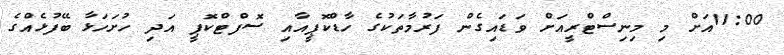
11:00އަށް މި މިނިސްޓްރީއަށް ވަޑައިގެން ފަރުމާތަކުގެ ހާޑްކޮޕީއާއި ސޮފްޓްކޮޕީ އަދި ހުށަހަޅާ ބޭފުޅެއްގެ